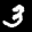
Label: 3